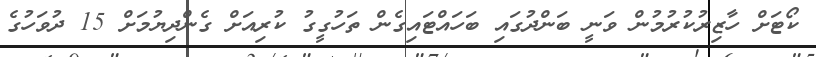
ކޯޓަށް ހާޒިރުކުރުމުން ވަނީ ބަންދުގައި ބަހައްޓައިގެން ތަހުގީގު ކުރިއަށް ގެންދިޔުމަށް 15 ދުވަހުގެ